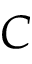
C